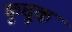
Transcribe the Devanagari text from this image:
कुचूक